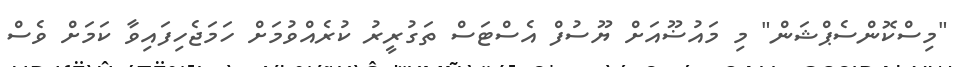
"މިސްކޮންސެޕްޝަން" މި މައުޟޫއަށް ޔޫސުފް އެސްޓަސް ތަގުރީރު ކުރެއްވުމަށް ހަމަޖެހިފައިވާ ކަމަށް ވެސް